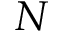
N